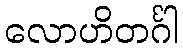
လောဟိတင်္ဂါ